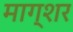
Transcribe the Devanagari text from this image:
माग्शर